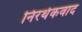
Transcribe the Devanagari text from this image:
निरर्थकवाद